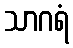
သာဂရံ